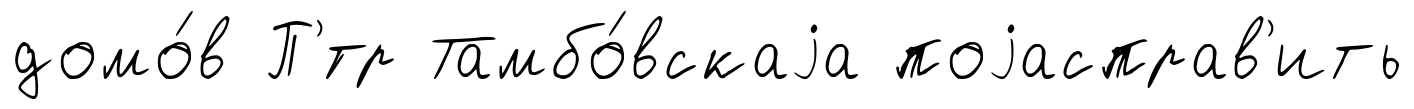
домо́в П'́тр Тамбо́вскаjа поjасправ'ить